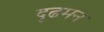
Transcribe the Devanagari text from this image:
दृढमन